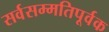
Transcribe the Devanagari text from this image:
सर्वसम्मतिपूर्वक